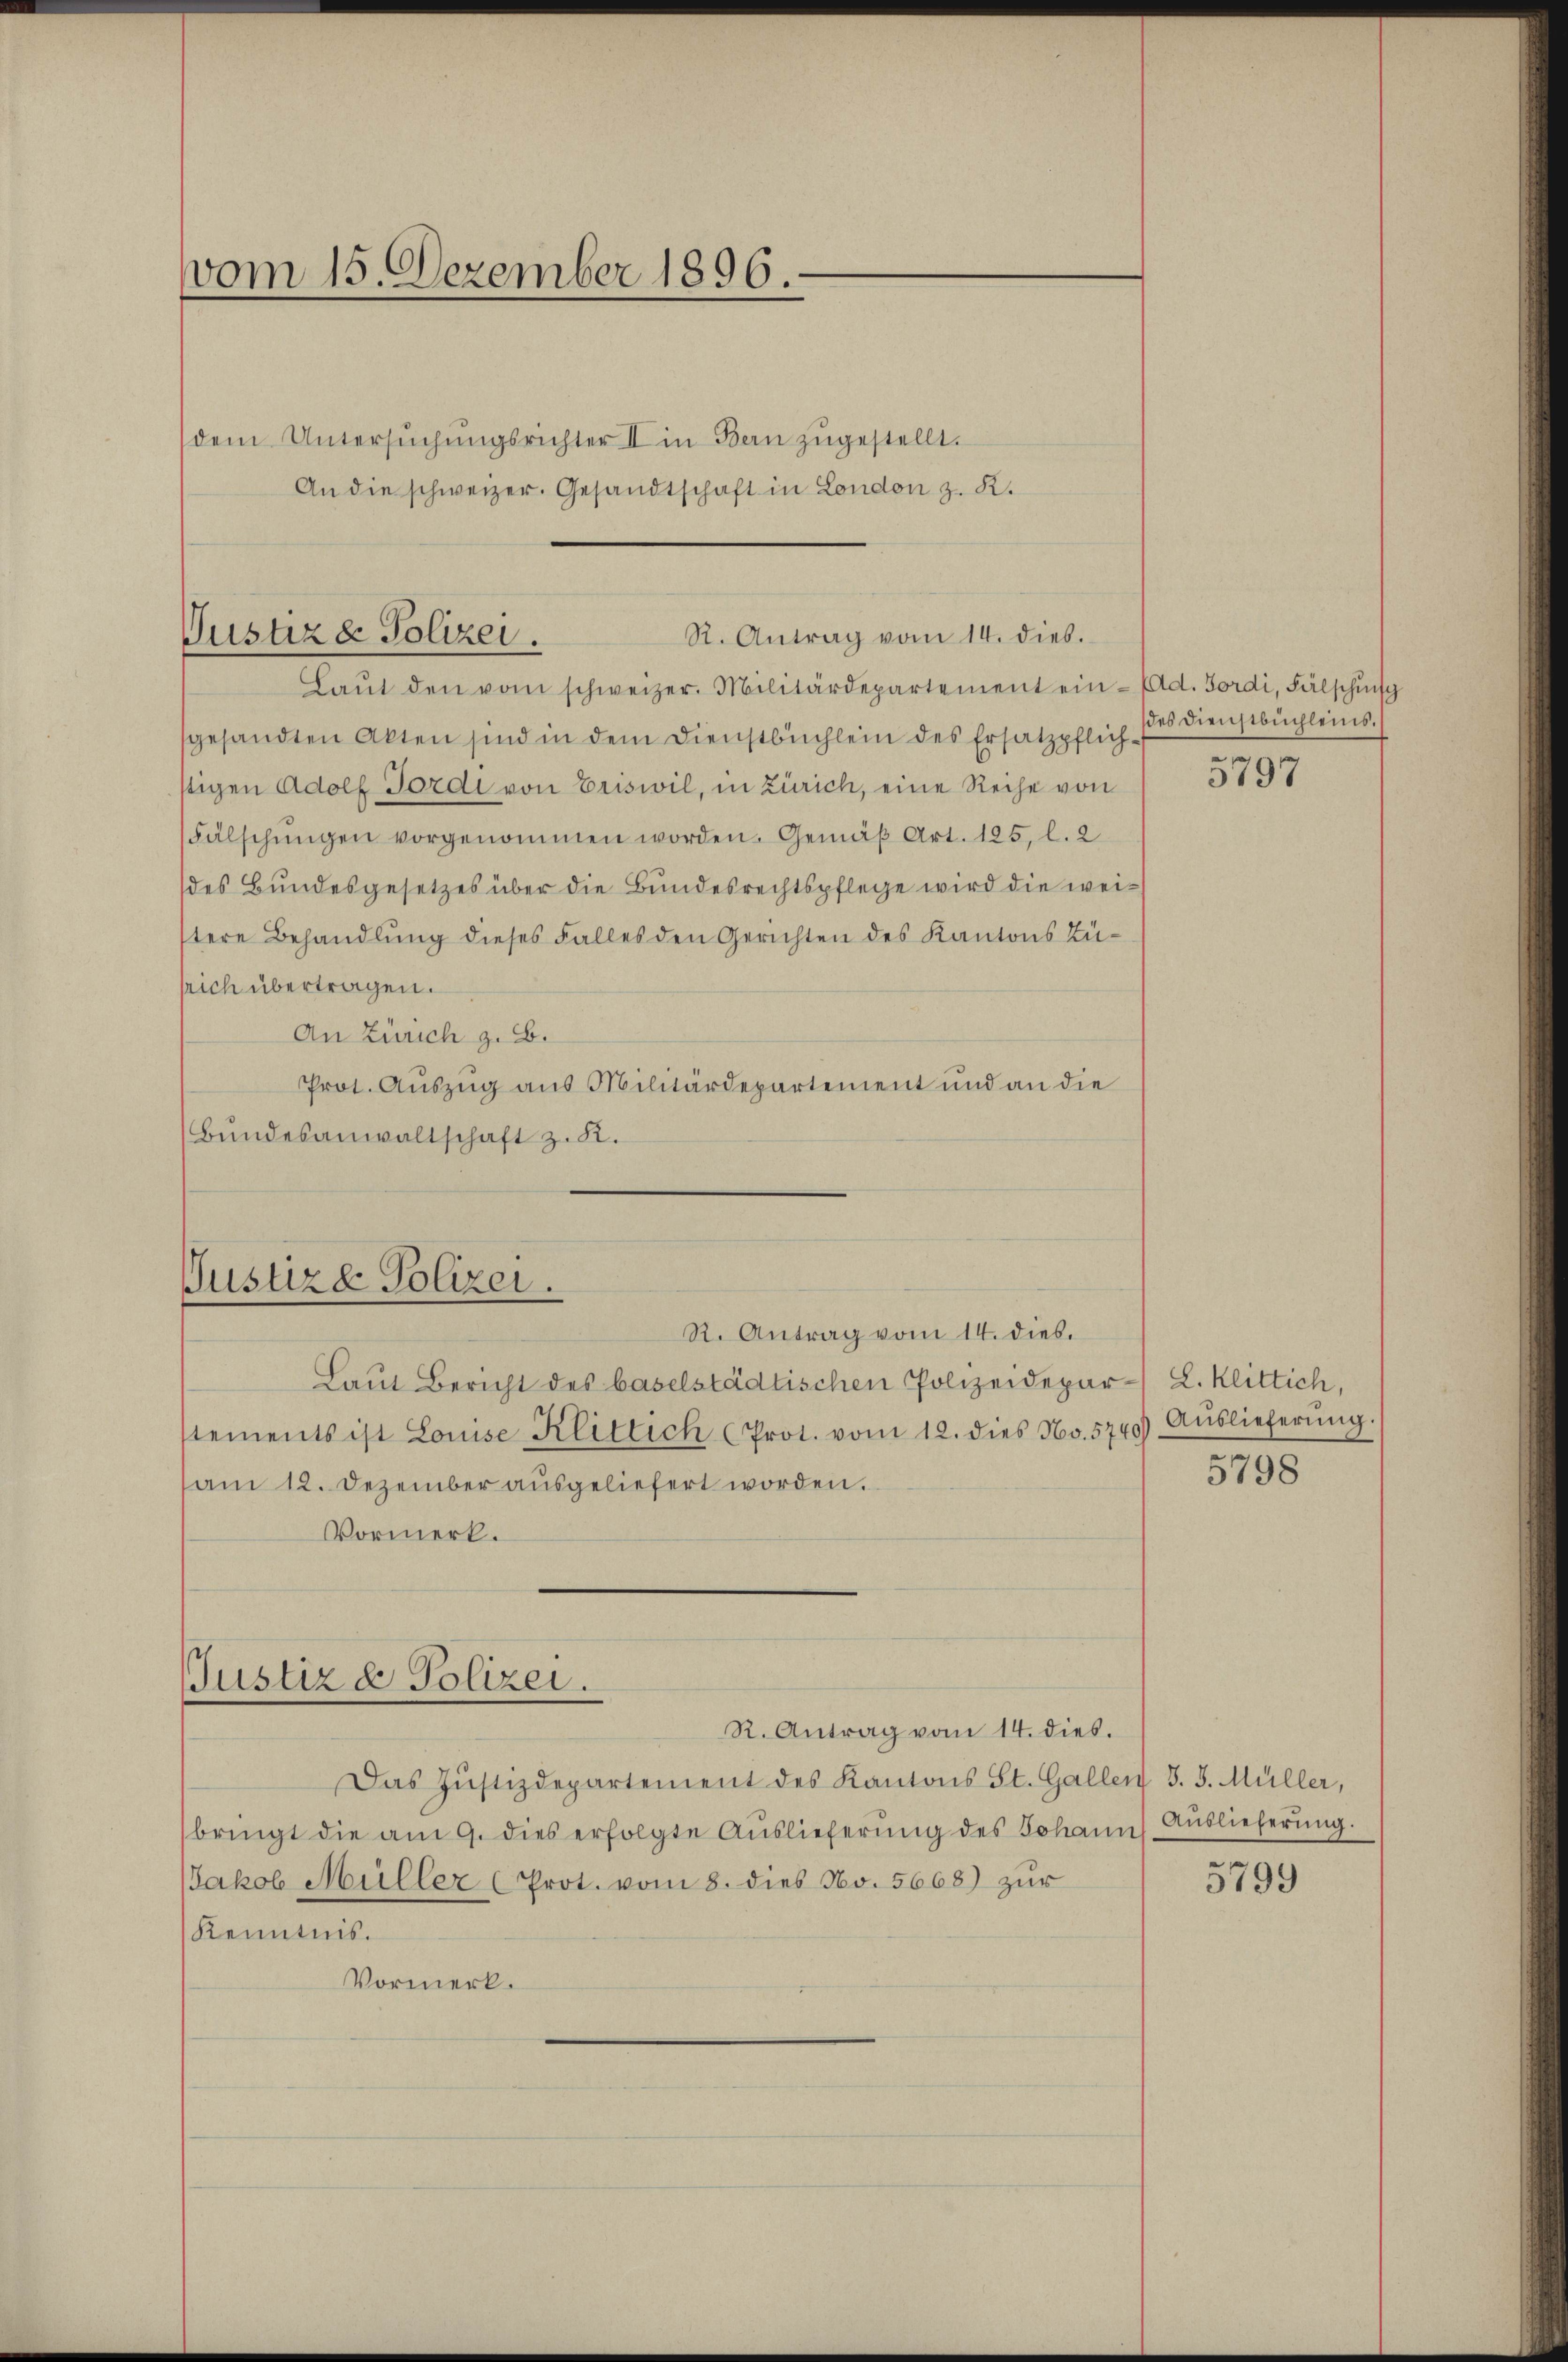
vom 15. Dezember 1896.
dem Untersŭchŭngsrichter II in Bern zŭgestellt.
An die schweizer. Gesandtschaft in London z. R.

sgesandten Akten sind in dem Dienstbüchlein des Ersatzpflichstigen Adolf Fordi von Eriswil, in Zürich, eine Reihe von
Fälschŭngen vorgenommen worden. Gemäß Art. 185, l. 2
des Bundesgesetzes über die Bundesrechtspflege wird die weitere Behandlŭng dieses Falles den Gerichten des Kantons Züsrich übertragen.
An Zürich z. B.
Prot. Auszug aus Militärdepartement und an die
Bundesanwaltschaft z. K.

R. Antrag vom 14. dies.
Justiz & Polizei.
Laŭt den vom schweizer. Militärdepartement ein- (Ad. Fordi, Fälschensch

Justizd Polizei.
R. Antrag vom 14. dies.

Justiz & Polizei.

Laut Bericht des baselstädtischen Polizeidepar- L. Klittich,
stements ist Louise Klitlich (Prot. vom 12. dies No. 5740) Auslieferŭng.
am 12. Dezember aŭsgeliefert worden.
Vormerk.

des Dienstbuchleins.

R. Antrag vom 14. dies.
Das Jŭstizdepartement des Kantons St. Gallen J. J. Müller,
bringt die am 9. dies erfolgte Aŭslieferŭng des Johanns Auslieferŭng.
Jakob Müller (Prot. vom 8. dies No. 5668) zŭr
Kenntnis.
Vormerk.

5797

5798

5799